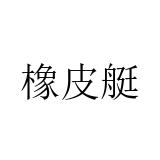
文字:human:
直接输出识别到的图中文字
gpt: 橡皮艇